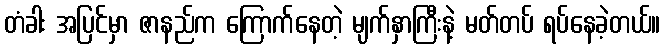
တံခါး အပြင်မှာ ဇာနည်က ကြောက်နေတဲ့ မျက်နှာကြီးနဲ့ မတ်တပ် ရပ်နေခဲ့တယ်။